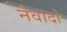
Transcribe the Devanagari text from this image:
नेवादो